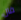
فال